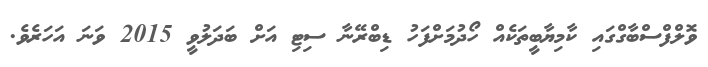
ވޮލްފްސްބާގްގައި ކާމިޔާބީތަކެއް ހޯދުމަށްފަހު ޑިބްރޭނާ ސިޓި އަށް ބަދަލުވީ 2015 ވަނަ އަހަރެވެ.